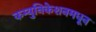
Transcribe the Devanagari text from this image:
कम्युनिकेशनमधून